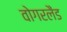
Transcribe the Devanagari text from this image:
वोगरलैंड